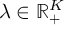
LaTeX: \lambda \in \mathbb { R } _ { + } ^ { K }